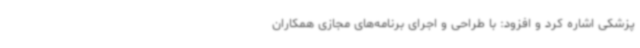
پزشکی اشاره کرد و افزود: با طراحی و اجرای برنامه‌های مجازی همکاران